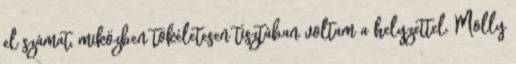
el számat, miközben tökéletesen tisztában voltam a helyzettel. Molly